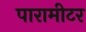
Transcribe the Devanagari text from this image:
पारामीटर